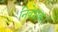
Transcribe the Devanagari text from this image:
निवेशक।